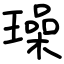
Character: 璪